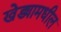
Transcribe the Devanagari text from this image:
खेड्यामधील